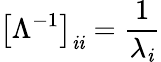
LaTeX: \left[\Lambda^{-1}\right]_{\mathit{i}\mathit{i}}={\frac{{1}}{{\lambda_{\mathit{i}}}}}